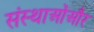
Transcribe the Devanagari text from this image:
संस्थाओंऔर